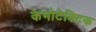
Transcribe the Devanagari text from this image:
केमोटेक्टिक